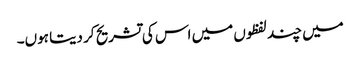
میں چند لفظوں میں اس کی تشریح کر دیتا ہوں۔